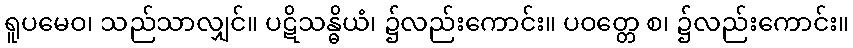
ရူပမေဝ၊ သည်သာလျှင်။ ပဋိသန္ဓိယံ၊ ၌လည်းကောင်း။ ပဝတ္တေ စ၊ ၌လည်းကောင်း။